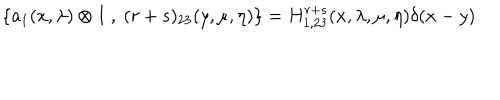
\{ a _ { 1 } ( x , \lambda ) \otimes I ~ , ~ ( r + s ) _ { 2 3 } ( y , \mu , \eta ) \} = H _ { 1 , 2 3 } ^ { r + s } ( x , \lambda , \mu , \eta ) \delta ( x - y ) .